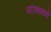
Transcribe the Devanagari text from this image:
परिभाषाऍं